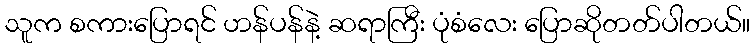
သူက စကားပြောရင် ဟန်ပန်နဲ့ ဆရာကြီး ပုံစံလေး ပြောဆိုတတ်ပါတယ်။